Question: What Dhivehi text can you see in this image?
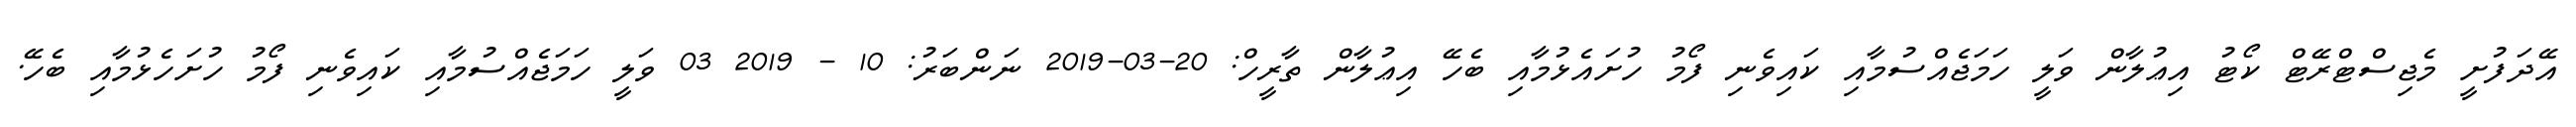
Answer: އޭދަފުށީ މެޖިސްޓްރޭޓް ކޯޓު އިޢުލާން ވަލީ ހަމަޖެއްސުމާއި ކައިވެނި ފޯމު ހުށައެޅުމާއި ބެހޭ އިޢުލާން ތާރީހް: 20-03-2019 ނަންބަރު: 10 - 2019 03 ވަލީ ހަމަޖެއްސުމާއި ކައިވެނި ފޯމު ހުށަހެޅުމާއި ބެހޭ.